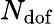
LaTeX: N_{\mathrm{dof}}